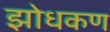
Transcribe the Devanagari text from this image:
झोधकण